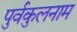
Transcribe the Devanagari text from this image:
पुर्वकुलनाम